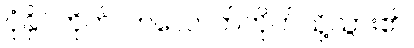
ပုံနှိပ်တိုက်၊ ဘလောက်တိုက်သို့သွား၏။